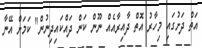
އަތް ދަށުގައި މިހާރު އޮތް ދާއިރާއެއް ނޫން ކަން ދައްކައިދިނުން" ކަމަށް އޭނާ